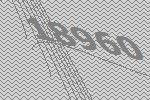
18960